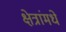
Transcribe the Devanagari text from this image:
क्षेत्रांमधे